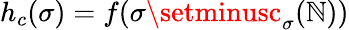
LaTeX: h_{c}(\sigma)=f(\sigma\setminusc_{\sigma}({\mathbb{N}}))